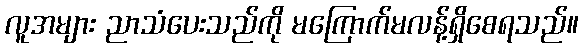
လူအများ ညာသံပေးသည်ကို မကြောက်မလန့်ရှိစေရသည်။